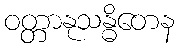
ဝတ္တာနုသန္ဓိတေန